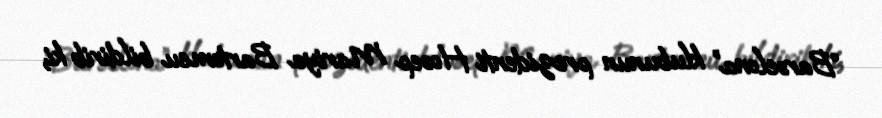
“Barselona” klubunun prezidenti Hosep Mariya Bartomeu bildirib ki,